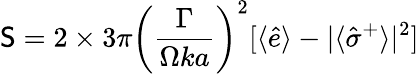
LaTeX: {\sf S}=2\times 3\pi\left(\frac{\Gamma}{\Omega ka}\right)^{2}[\langle\hat{e}\rangle-|\langle\hat{\sigma}^{+}\rangle|^{2}]